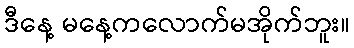
ဒီနေ့ မနေ့ကလောက်မအိုက်ဘူး။